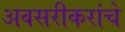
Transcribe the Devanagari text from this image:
अवसरीकरांचे